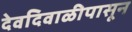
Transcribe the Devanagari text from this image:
देवदिवाळीपासून